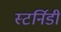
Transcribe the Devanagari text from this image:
स्टर्निडी